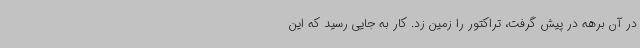
در آن برهه در پیش گرفت، تراکتور را زمین زد. کار به جایی رسید که این